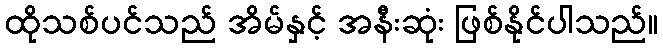
ထိုသစ်ပင်သည် အိမ်နှင့် အနီးဆုံး ဖြစ်နိုင်ပါသည်။